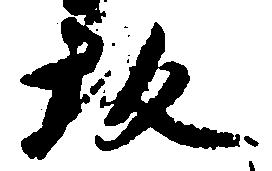
坂